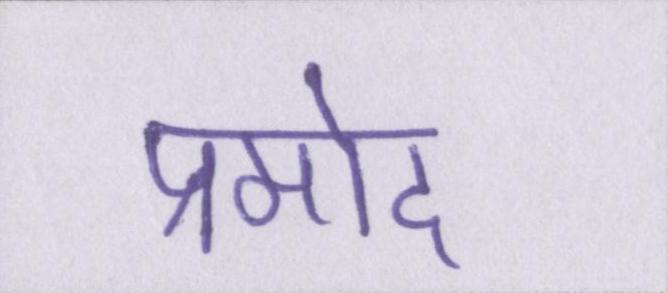
प्रमोद